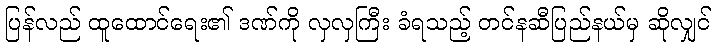
ပြန်လည် ထူထောင်ရေး၏ ဒဏ်ကို လှလှကြီး ခံရသည့် တင်နဆီပြည်နယ်မှ ဆိုလျှင်